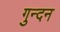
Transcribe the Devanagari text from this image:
गुन्दन